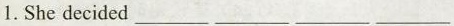
1. She decided___ ___ ___ ___